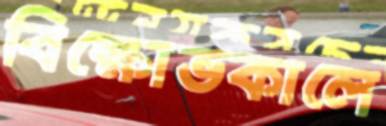
বিক্ষোভকালে